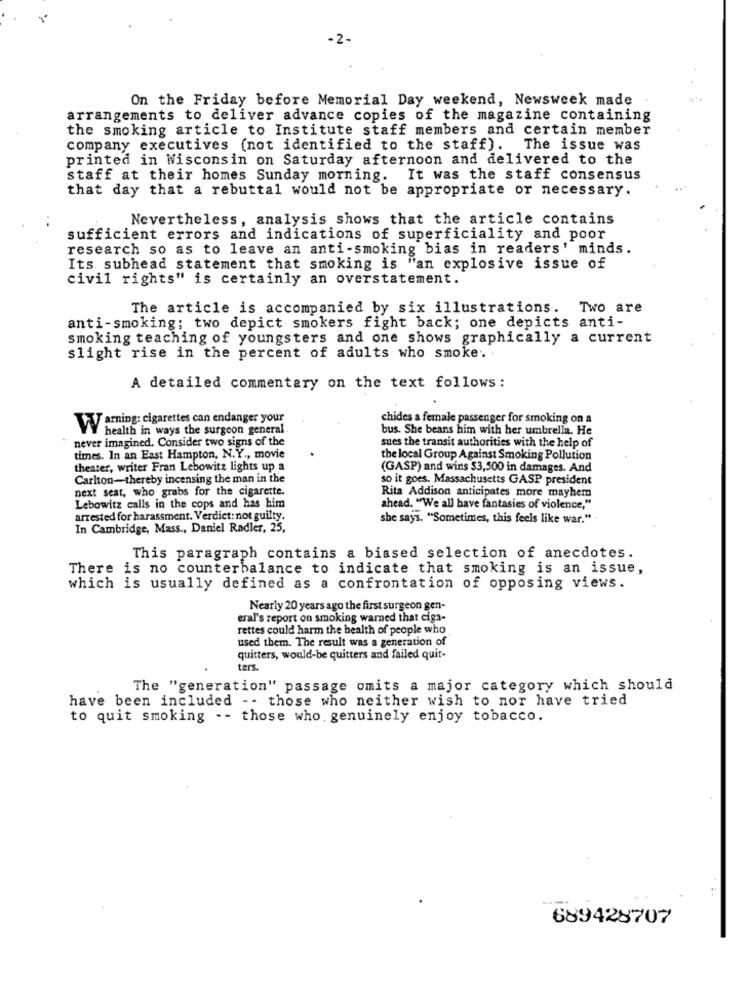
-2-
On the Friday before Memorial Day weekend, Newsweek made
arrangements to deliver advance copies of the magazine containing
the smoking article to Institute staff members and certain member
company executives (not identified to the staff). The issue was
printed in Wisconsin on Saturday afternoon and delivered to the
staff at their homes Sunday morning. It was the staff consensus
that day that a rebuttal would not be appropriate or necessary.
Nevertheless, analysis shows that the article contains
sufficient errors and indications of superficiality and poor
research so as to leave an anti-smoking bias in readers' minds.
Its subhead statement that smoking is "an explosive issue of
civil rights" is certainly an overstatement.
The article is accompanied by six illustrations. Two are
anti-smoking; two depict smokers fight back; one depicts anti-
smoking teaching of youngsters and one shows graphically a current
slight rise in the percent of adults who smoke.
A detailed commentary on the text follows :
Jarning: cigarettes can endanger your
chides a female passenger for smoking on a
W
health in ways the surgeon general
bus. She beans him with her umbrella. He
never imagined. Consider two signs of the
sues the transit authorities with the help of
times. In an East Hampton, N.Y ., movie
the local Group Against Smoking Pollution
theater, writer Fran Lebowitz lights up a
(GASP) and wins $3,500 in damages. And
Carlton-thereby incensing the man in the
so it goes. Massachusetts GASP president
next seat, who grabs for the cigarette.
Rita Addison anticipates more mayhem
Lebowitz calls in the cops and has him
ahead. "We all have fantasies of violence,"
arrested for harassment. Verdict: not guilty.
she says, "Sometimes, this feels like war.".
In Cambridge, Mass ., Daniel Radler, 25,
This paragraph contains a biased selection of anecdotes.
There is no counterbalance to indicate that smoking is an issue,
which is usually defined as a confrontation of opposing views.
Nearly 20 years ago the first surgeon gen-
eral's report on smoking warned that ciga-
rettes could harm the health of people who
used them. The result was a generation of
quitters, would-be quitters and failed quit-
ters.
The "generation" passage omits a major category which should
have been included -- those who neither wish to nor have tried
to quit smoking . - those who. genuinely enjoy tobacco.
689428707